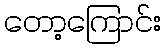
တော့ကြောင်း